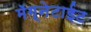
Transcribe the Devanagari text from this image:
मॅग्नेटाईट